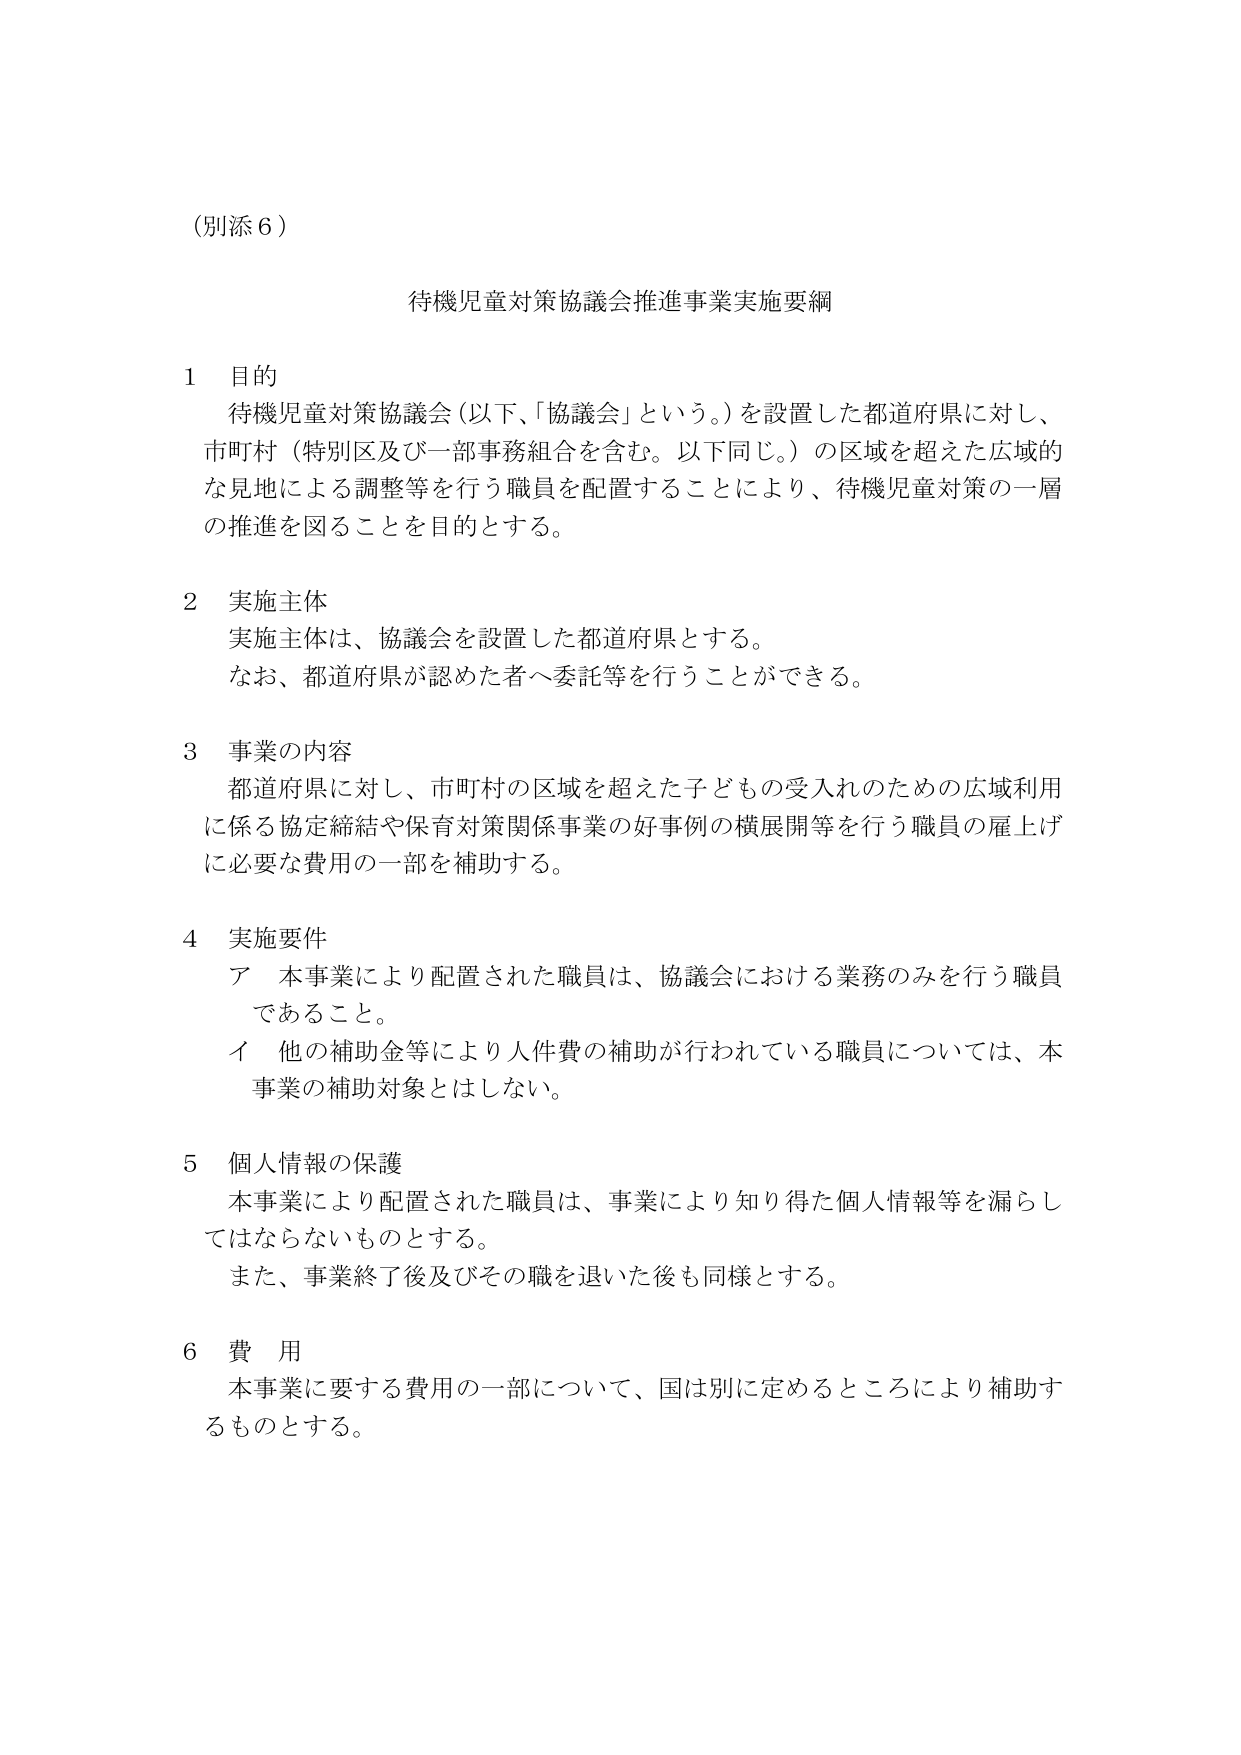
（別添６）

待機児童対策協議会推進事業実施要綱

１ 目的
待機児童対策協議会（以下、「協議会」という。）を設置した都道府県に対し、
市町村（特別区及び一部事務組合を含む。以下同じ。）の区域を超えた広域的
な見地による調整等を行う職員を配置することにより、待機児童対策の一層
の推進を図ることを目的とする。

２ 実施主体
実施主体は、協議会を設置した都道府県とする。
なお、都道府県が認めた者へ委託等を行うことができる。

３ 事業の内容
都道府県に対し、市町村の区域を超えた子どもの受入れのための広域利用
に係る協定締結や保育対策関係事業の好事例の横展開等を行う職員の雇上げ
に必要な費用の一部を補助する。

４ 実施要件
ア 本事業により配置された職員は、協議会における業務のみを行う職員
であること。
イ 他の補助金等により人件費の補助が行われている職員については、本
事業の補助対象とはしない。

５ 個人情報の保護
本事業により配置された職員は、事業により知り得た個人情報等を漏らし
てはならないものとする。
また、事業終了後及びその職を退いた後も同様とする。

６ 費 用
本事業に要する費用の一部について、国は別に定めるところにより補助す
るものとする。